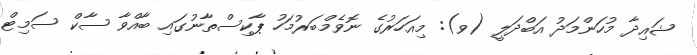
ޝައިދާ މުހަންމަދު އަބްދަލީ (ވ): މިއަހަރުގެ ނޮވެމްބަރުމަހު ޕާކިސްތާނުގައި ބާއްވާ ސާކް ސަމިޓް